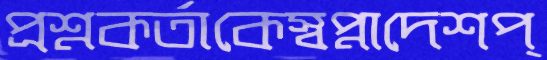
প্রশ্নকর্তাকেস্বপ্নাদেশপ্